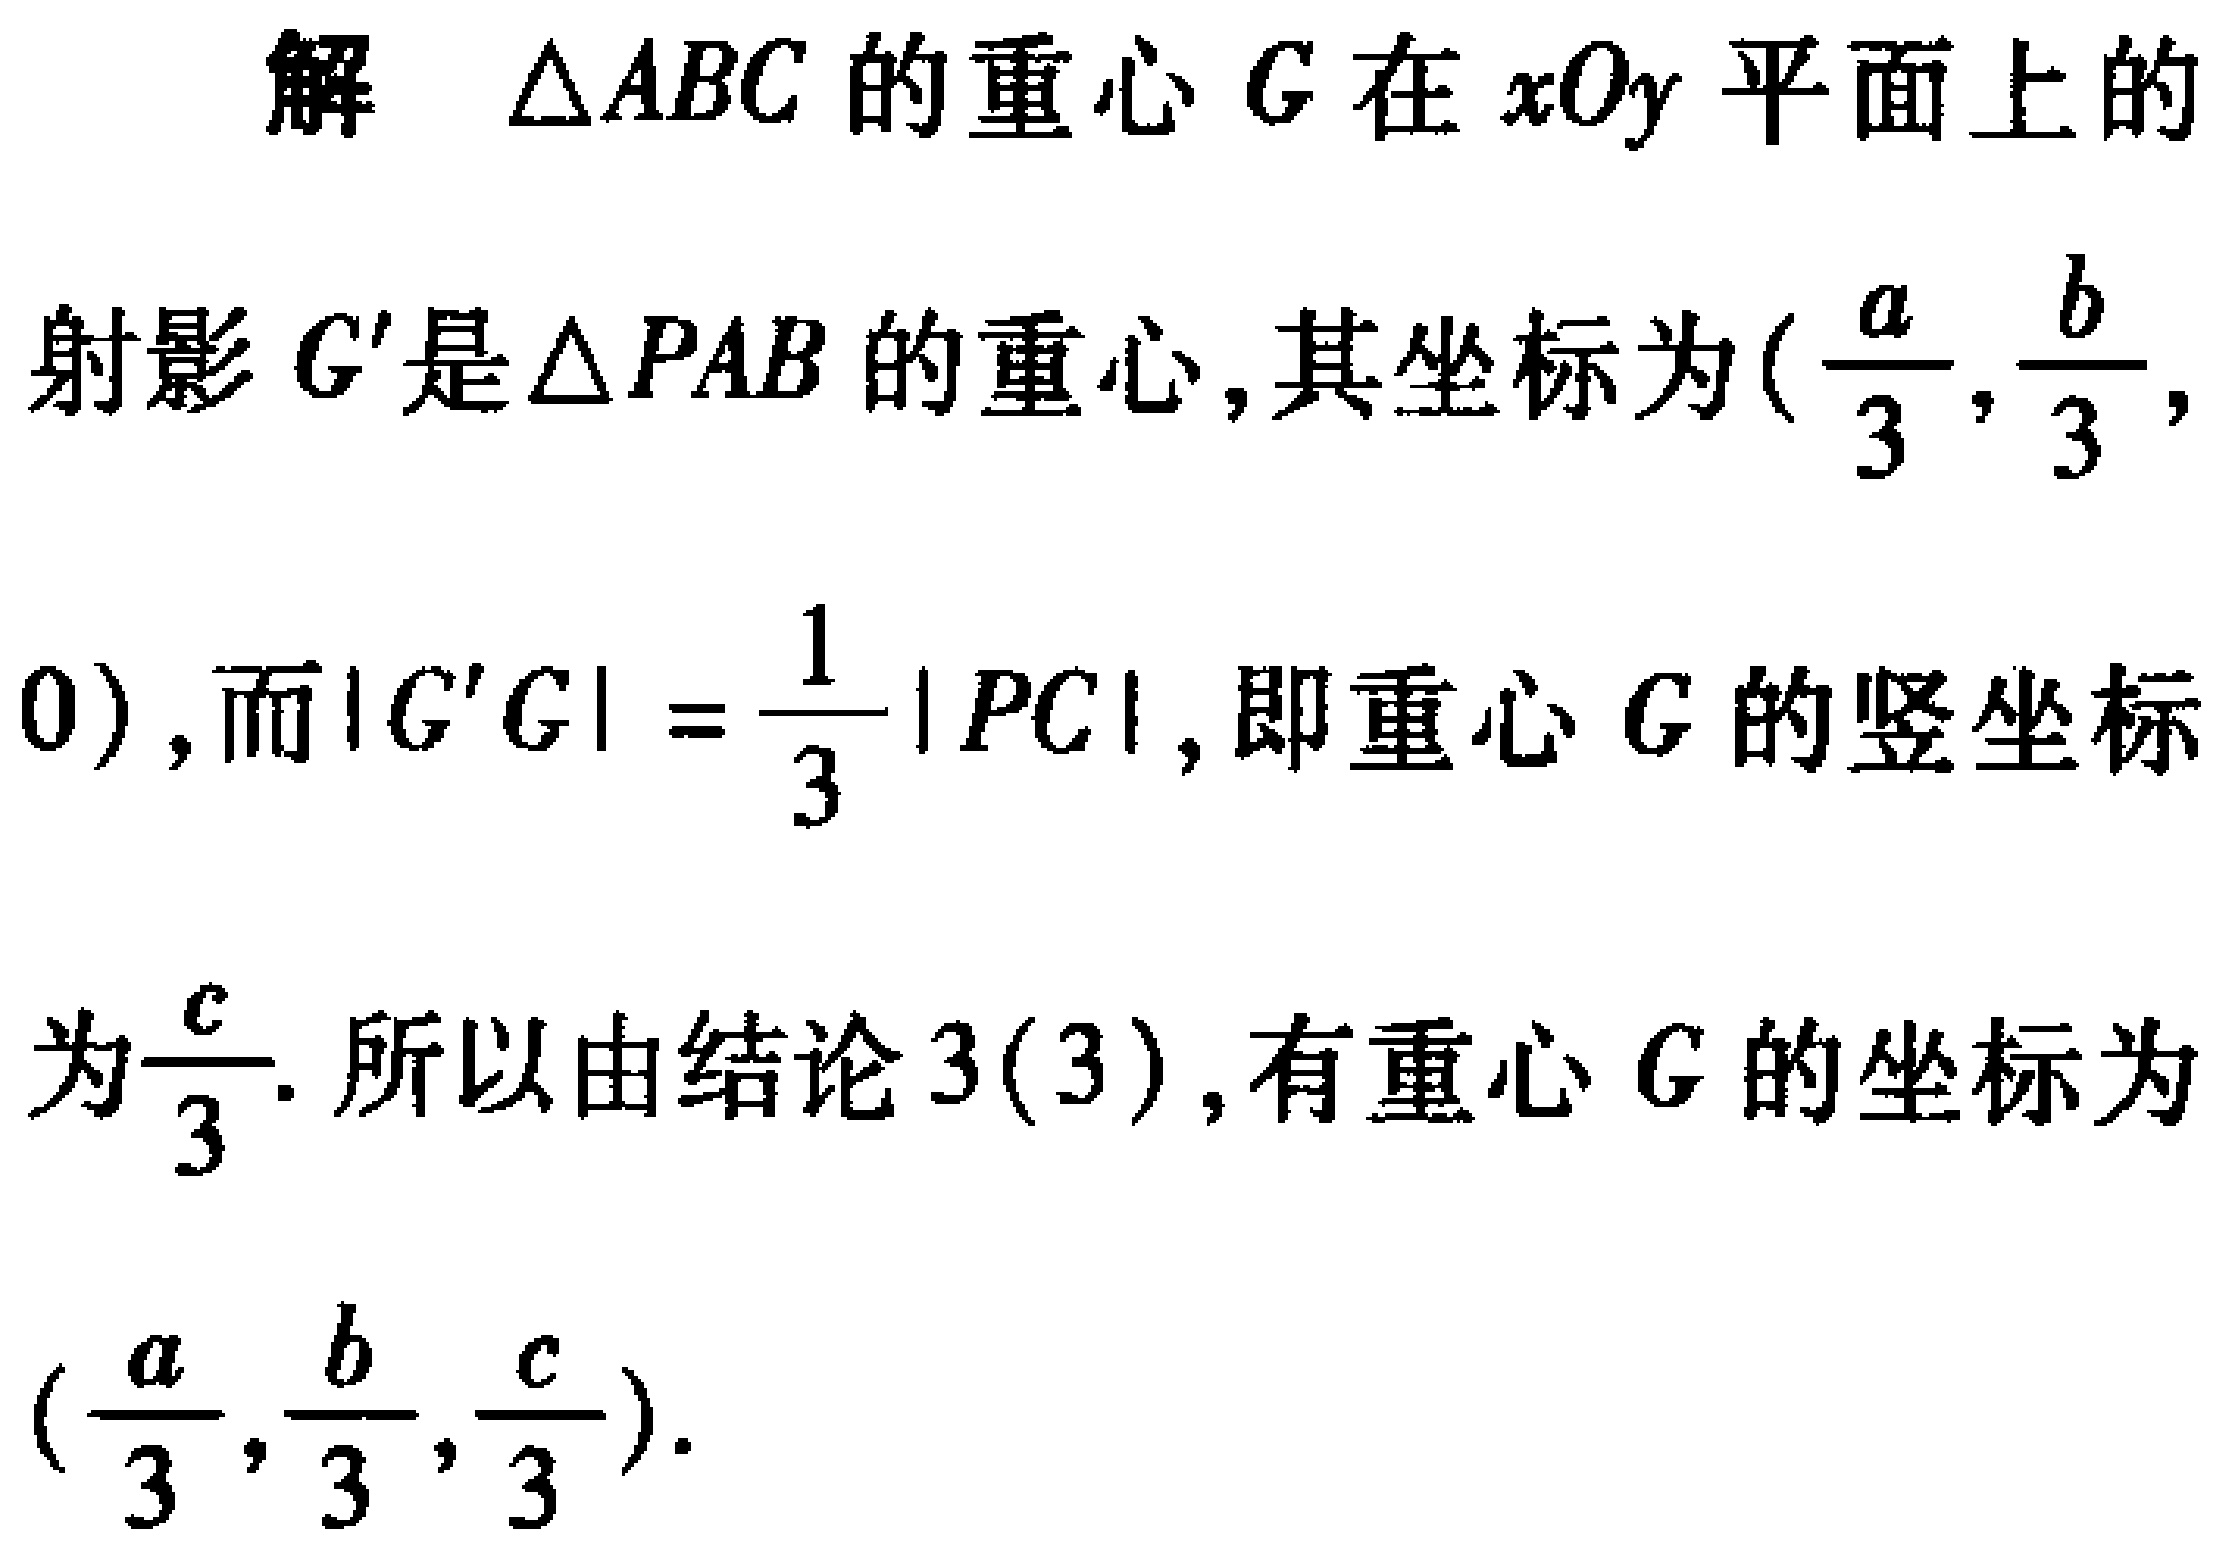
解 $\triangle ABC$ 的重心 $G$ 在 $xOy$ 平面上的

射影 $G'$ 是 $\triangle PAB$ 的重心, 其坐标为$(\frac{a}{3},\frac{b}{3},$

$0)$, 而$|G'G| = \frac{1}{3}|PC|$, 即重心 $G$ 的竖坐标

为$\frac{c}{3}$. 所以由结论 $3(3)$, 有重心 $G$ 的坐标为

$(\frac{a}{3},\frac{b}{3},\frac{c}{3})$.